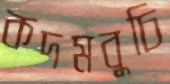
কদমবুচি